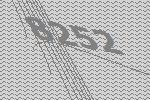
8252